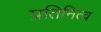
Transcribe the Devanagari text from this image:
प्रतिनित्व